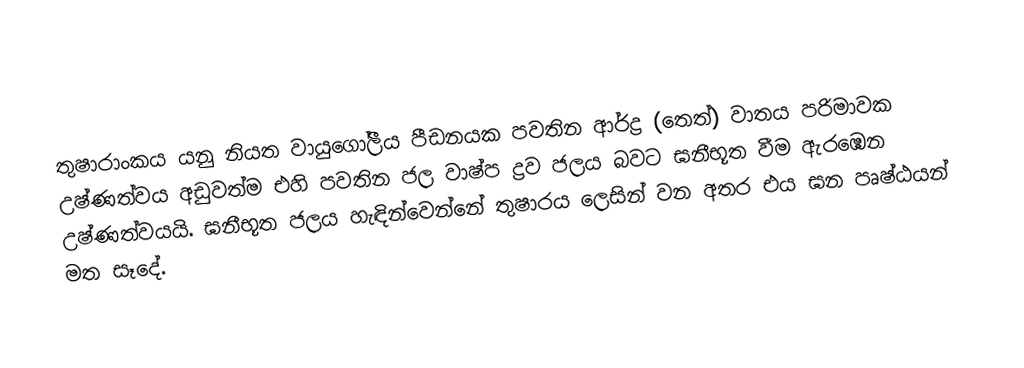
තුෂාරාංකය යනු නියත  වායුගෝලීය පීඩනයක පවතින  ආර්ද්‍ර (තෙත්)  වාතය පරිමාවක උෂ්ණත්වය අඩුවත්ම එහි පවතින ජල වාෂ්ප ද්‍රව ජලය බවට  ඝනීභූත වීම ඇරඹෙන  උෂ්ණත්වයයි.  ඝනීභූත ජලය හැඳින්වෙන්නේ තුෂාරය ලෙසින් වන අතර එය ඝන පෘෂ්ඨයන් මත සෑදේ.